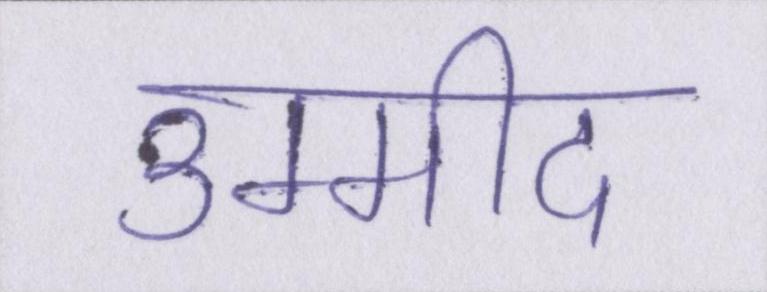
उम्मीद